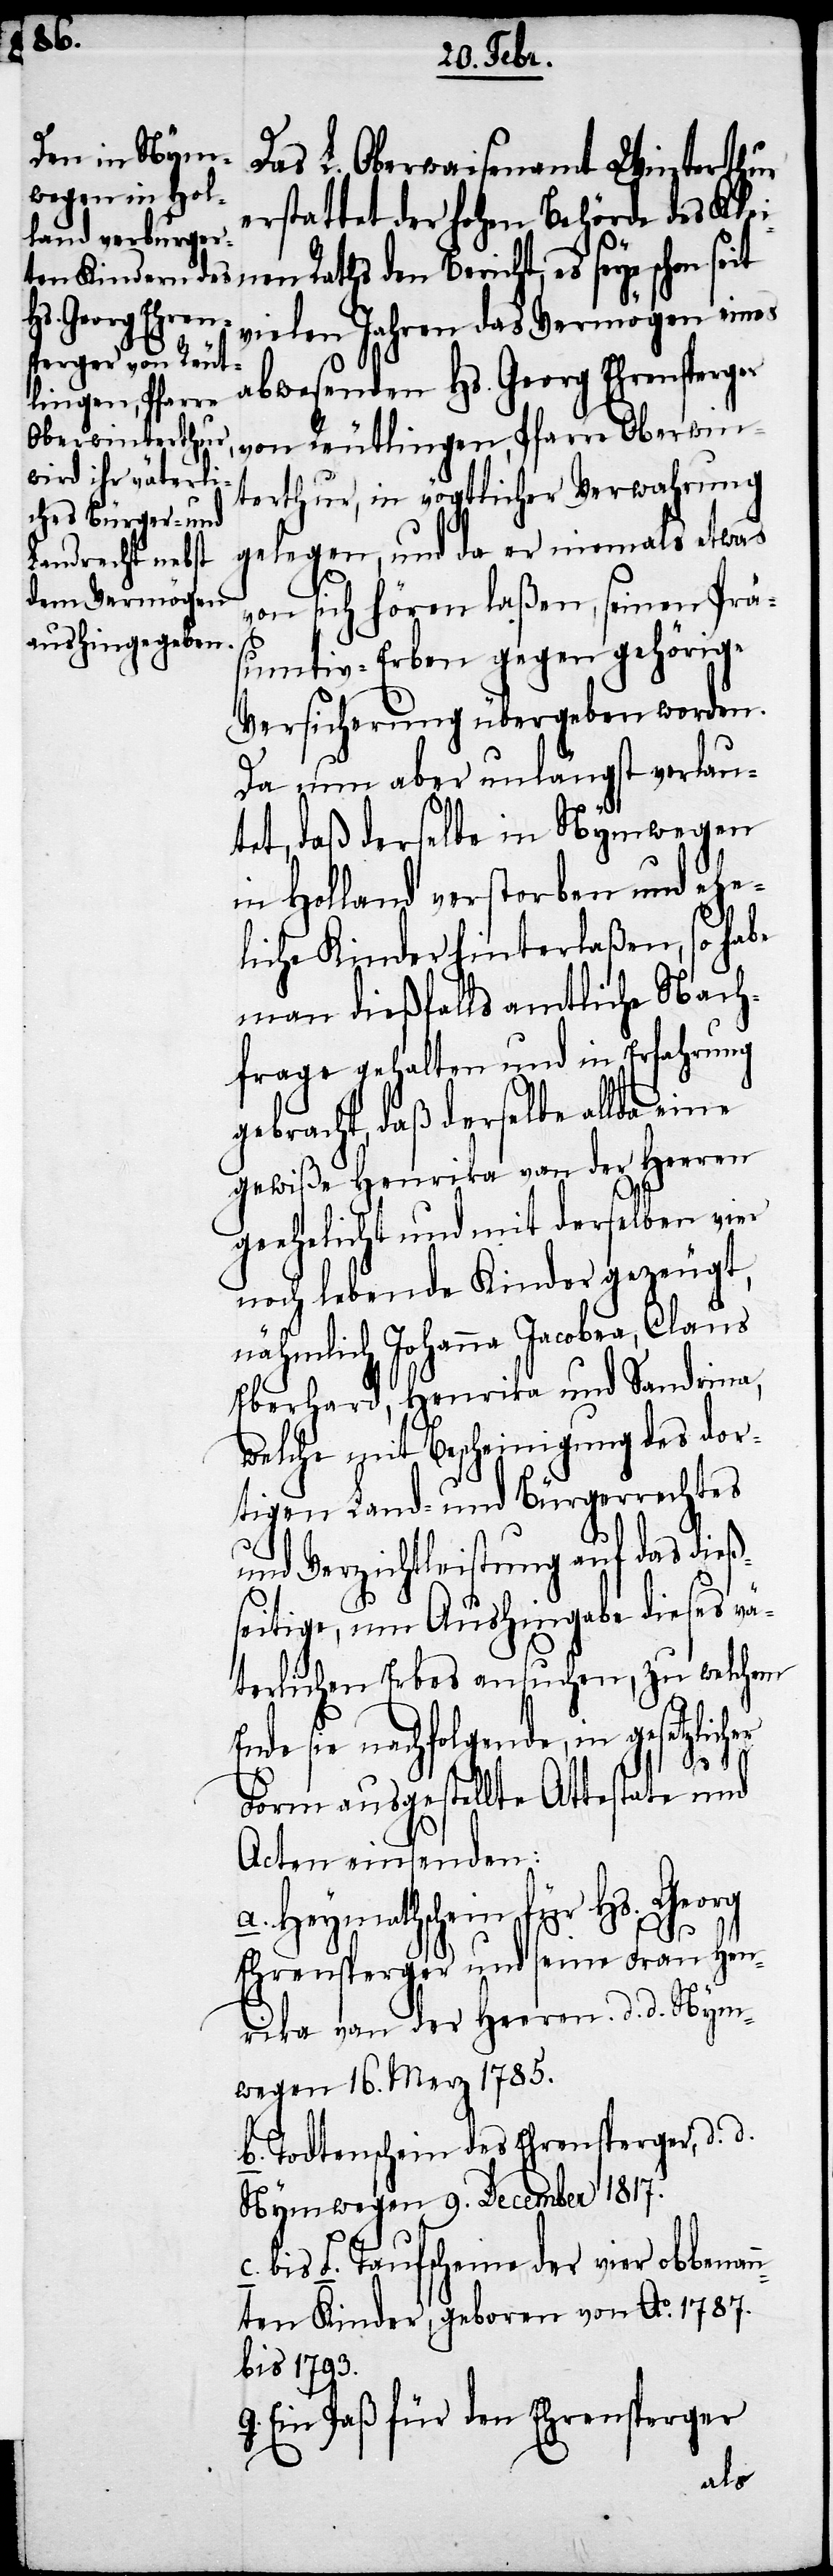
Das L. Oberwaisenamt Winterthur
erstattet der hohen Behörde des Klei¬
n Raths den Bericht, es seye
vielen Jahren das Vermögen eines
abwesenden Hs. Georg Ehrensperger
von Reutlingen, Pfarre Oberwin¬
terthur, in vögtlicher Verwahrung
gelegen, und da er niemals etwas
von sich hören laßen, seinen Präs¬
umtiv-Erben gegen gehörige
Versicherung übergeben worden.
Da nun aber unlängst verlau¬
tet, daß derselbe in Nymwegen
in Holland verstorben und ehe¬
liche Kinder hinterlaßen, so habe
man dießfalls amtliche Nach¬
frage gehalten und in Erfahrung
gebracht, daß derselbe allda eine
gewiße Henrika von der Herren
geehelicht und mit derselben vier
noch lebende Kinder gezeugt,
nähmlich Johanna Jacobea, Claus
Eberhard, Henrika und Sandrina,
welche mit Bescheinigung des dor¬
tigen Land- und Bürgerrechtes
und Verzichtleistung auf das dieß¬
seitige, um Aushingabe dieses vä¬
terlichen Erbes ansuchen, zu welchem
Ende sie nachfolgende, in gesetzlich¬
Form ausgestellte Attestate und
Acten einsenden:
a. Heymathschein für Hs. Georg
g.
Ehrensperger und seine Frau Hen¬
rika von der Herren d. d. Nym¬
wegen 16. Merz 1785.
b. Todtenschein des Ehrensperger, d. d.
Nymwegen 9. December 1817.
c. bis f. Taufscheine der vier obbenan¬
nten Kinder, geboren von Ao. 1787.
bis 1793.
Ein Paß für den Ehrensperger